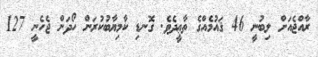
ރާއްޖެއަށް ލިބުނީ 46 ޤައުމެއްގެ ތާޢީދެވެ. ގޮނޑި ކާމިޔާބުކުރަން ހޯދަން ޖެހެނީ 127